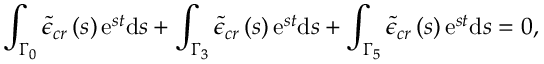
\int _ { \Gamma _ { 0 } } \tilde { \epsilon } _ { c r } \left( s \right) \mathrm { e } ^ { s t } \mathrm { d } s + \int _ { \Gamma _ { 3 } } \tilde { \epsilon } _ { c r } \left( s \right) \mathrm { e } ^ { s t } \mathrm { d } s + \int _ { \Gamma _ { 5 } } \tilde { \epsilon } _ { c r } \left( s \right) \mathrm { e } ^ { s t } \mathrm { d } s = 0 ,